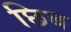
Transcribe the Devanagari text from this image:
छिब